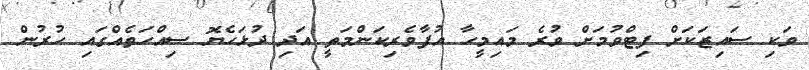
ވަކި ސައިޒަކަށް ފިޓްވުމަށް ވުރެ މައިމީހާ އުފާވެރިކަންމަތީ އަދި ދުޅަހެޔޮ ސިއްހަތެއްގައި ހުރުން